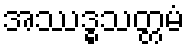
အဿဒ္ဓသတ္တမံ